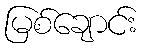
မြစ်ချောင်း